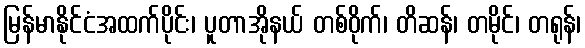
မြန်မာနိုင်ငံအထက်ပိုင်း၊ ပူတာအိုနယ် တစ်ဝိုက်၊ တိဆန်၊ တမိုင်၊ တရုန်၊